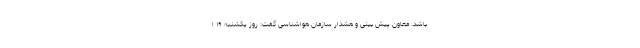
باشد. معاون پیش بینی و هشدار سازمان هواشناسی گفت: روز یکشنبه ۱۹ ا